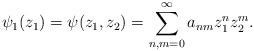
LaTeX: \begin{align*}\psi_1(z_1) = \psi(z_1, z_2) = \sum_{n, m = 0}^{\infty}a_{nm} z_1^nz_2^m.\end{align*}